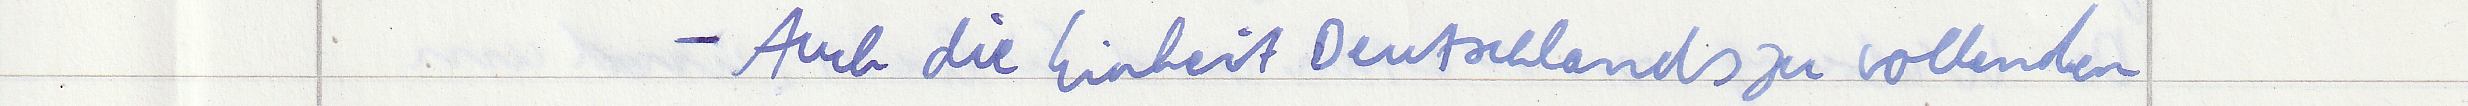
- Auch die Einheit Deutschlands zu vollenden